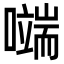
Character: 𭋬